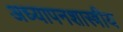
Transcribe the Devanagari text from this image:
अध्यापनशास्त्रीय